Source: Handwritten
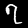
Digit: ၇ (7)